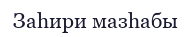
Заһири мазһабы